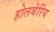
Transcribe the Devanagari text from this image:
होलबेरिंय